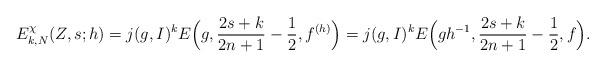
LaTeX: \begin{align*}E_{k,N}^{\chi}(Z,s; h) = j(g, I)^{k} E\Big(g,\frac{2s+k}{2n+1}-\frac 12, f^{(h)}\Big) = j(g, I)^{k} E\Big(gh^{-1},\frac{2s+k}{2n+1}-\frac 12, f\Big).\end{align*}